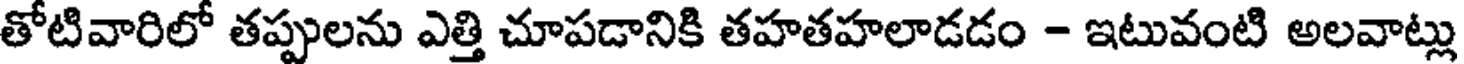
తోటివారిలో తప్పులను ఎత్తి చూపడానికి తహతహలాడడం - ఇటువంటి అలవాట్లు